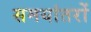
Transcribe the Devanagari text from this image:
समयांतरों